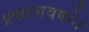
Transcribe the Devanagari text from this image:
प्रकाशवर्षात